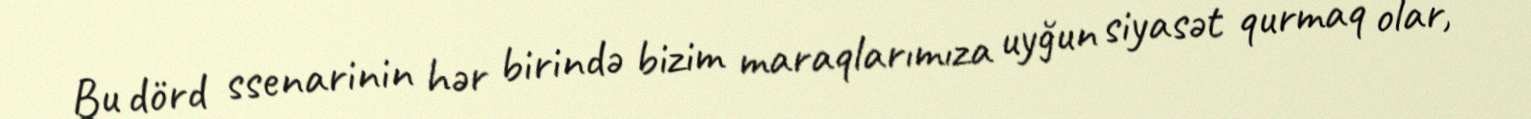
Bu dörd ssenarinin hər birində bizim maraqlarımıza uyğun siyasət qurmaq olar,